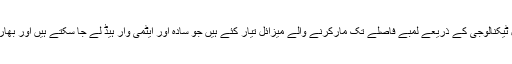
ڈاکٹر اے کیو خان نے بتایا کہ ہم نے میزائل ٹیکنالوجی کے ذریعے لمبے فاصلے تک مارکرنے والے میزائل تیار کئے ہیں جو سادہ اور ایٹمی وار ہیڈ لے جا سکتے ہیں اور بھارت کے تمام علاقے ہماری دسترس میں ہیں۔